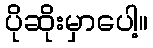
ပိုဆိုးမှာပေါ့။